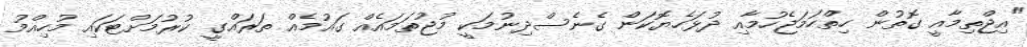
"އިޖްތިމާއީ ގޮތުން ހިތްހަމަޖެހުމާއި ދުޅަހެޔޮކަން ގެނެސްދިނުމަަކީ މުޖުތަމައެއް ގައުމެއް ތަރައްގީ ކުރުމަށްޓަކައި މުހިއްމު